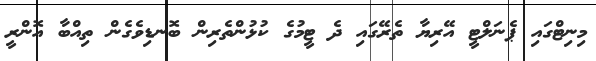
މިނިޓްގައި ޕެނަލްޓީ އޭރިޔާ ތެރޭގައި ދެ ޓީމުގެ ކުޅުންތެރިން ބޮނޑިވެގެން ތިއްބާ އޮންރީ